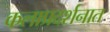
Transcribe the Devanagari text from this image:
कलाप्रदर्शनात